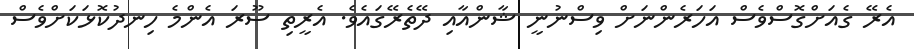
އެރޭ ގެއަށްގޮސްވެސް އަހަރެންނަށް ވިސްނުނީ ޝާންއާއި ދޭތެރޭގައެވެ. އެރީތި ސޫރަ އެންމެ ހިނދުކޮޅަކަށްވެސް